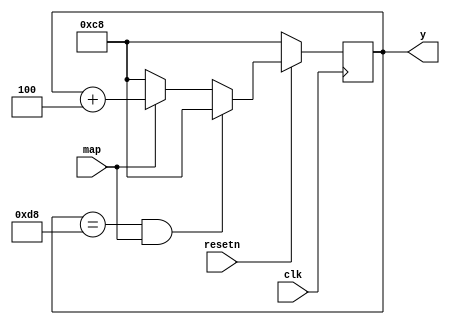
module y_update_10(input map,input clk, input resetn, output reg [7:0] y);

 always@(posedge clk)
 if(resetn == 1'b0)
 y <= 8'd200;
 else if(y == 8'd216 && map)
 y <= 8'd200;
 else if(map)
 y <= y + 3'd4;
 else if (!map) y <= 8'd200;

endmodule